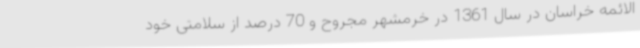
الائمه خراسان در سال 1361 در خرمشهر مجروح و 70 درصد از سلامتی خود